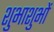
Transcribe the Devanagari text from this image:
शुभाशुभों